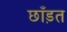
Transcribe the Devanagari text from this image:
छाँड़त